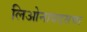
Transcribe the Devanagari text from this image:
लिओनायडसचा